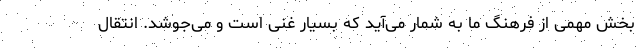
بخش مهمی از فرهنگ ما به شمار می‌آید که بسیار غنی است و می‌جوشد. انتقال